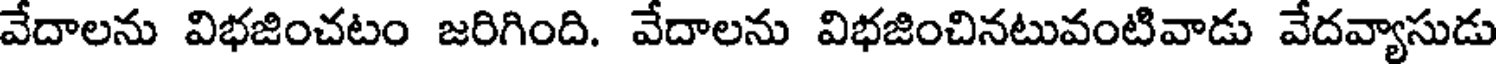
వేదాలను విభజించటం జరిగింది. వేదాలను విభజించినటువంటివాడు వేదవ్యాసుడు